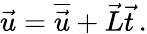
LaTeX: \vec{u}=\overline{{\vec{u}}}+\vec{L}\vec{t}\, .